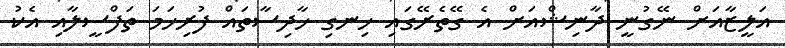
އަލީޒާއަށް ނޭގުނީ ދާނިޝްއަށް އެ ގޭތެރޭގައި ހިނގި ހާދިސާތައް ފުރިހަމަ ތަފްސީލާއި އެކު